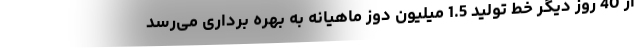
از 40 روز دیگر خط تولید 1.5 میلیون دوز ماهیانه به بهره برداری می‌رسد